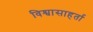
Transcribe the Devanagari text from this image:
विश्वासाहर्ता